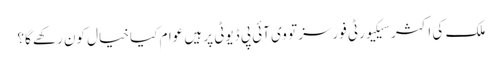
ملک کی اکثر سیکیورٹی فورسز تو وی آئی پی ڈیوٹی پر ہیں عوام کیا خیال کون رکھے گا؟